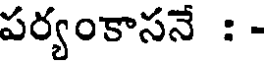
పర్యంకాసనే : -